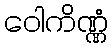
ဝေါကိဏ္ဏံ